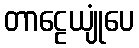
တာဠေယျုံပေ